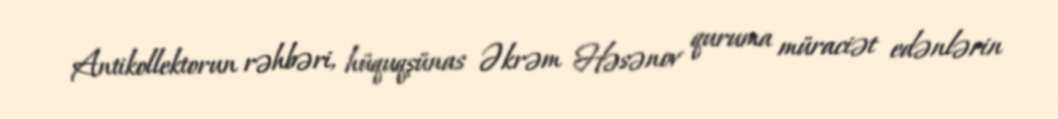
Antikollektorun rəhbəri, hüquqşünas Əkrəm Həsənov quruma müraciət edənlərin